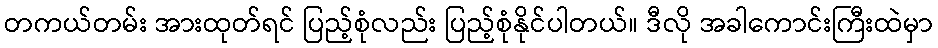
တကယ်တမ်း အားထုတ်ရင် ပြည့်စုံလည်း ပြည့်စုံနိုင်ပါတယ်။ ဒီလို အခါကောင်းကြီးထဲမှာ